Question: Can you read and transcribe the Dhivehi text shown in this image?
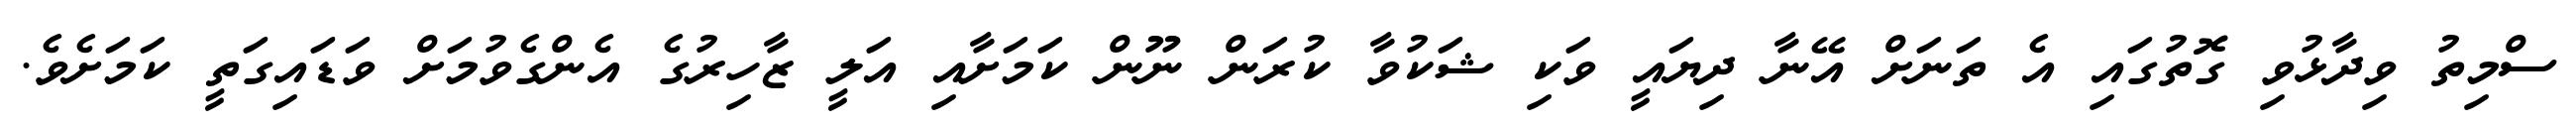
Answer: ސްމިތު ވިދާޅުވި ގޮތުގައި އެ ތަނަށް އޭނާ ދިޔައީ ވަކި ޝަކުވާ ކުރަން ނޫން ކަމަށާއި އަލީ ޒާހިރުގެ އެންގެވުމަށް ވަޑައިގަތީ ކަމަށެވެ.